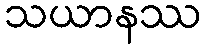
သယာနဿ